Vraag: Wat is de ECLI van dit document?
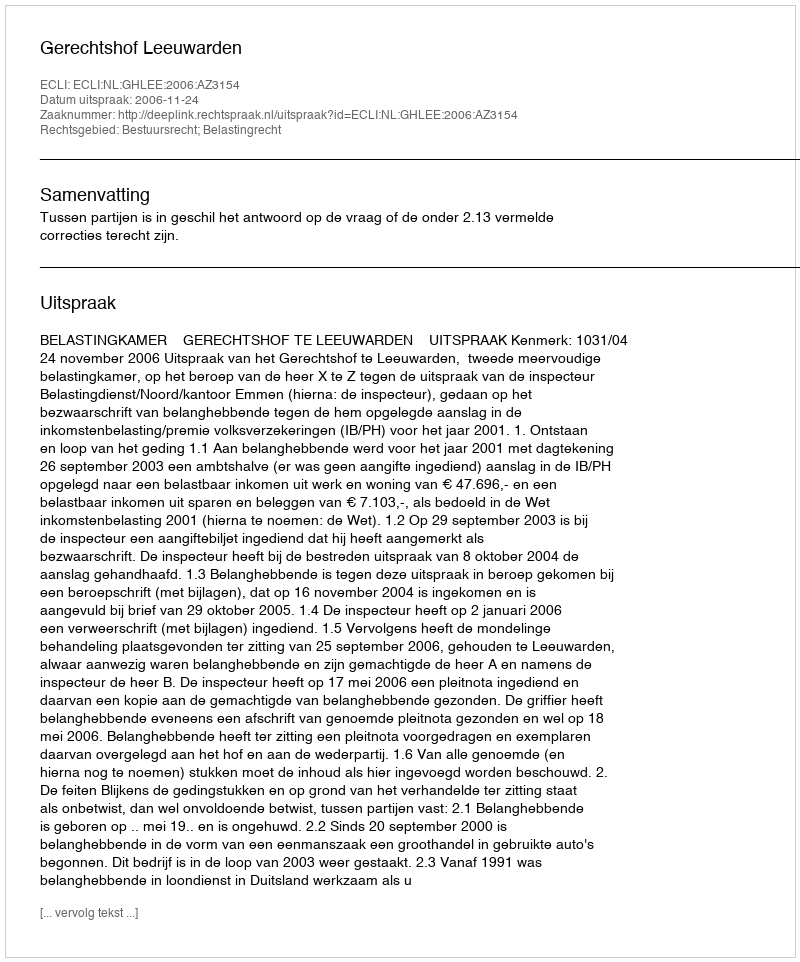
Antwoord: ECLI:NL:GHLEE:2006:AZ3154